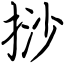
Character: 挱